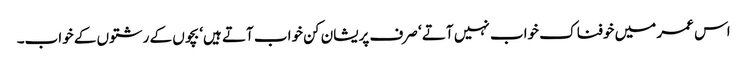
اس عمر میں خوفناک خواب نہیں آتے ‘ صرف پریشان کن خواب آتے ہیں‘ بچوں کے رشتوں کے خواب۔